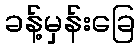
ခန့်မှန်းခြေ